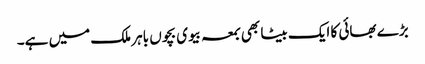
بڑے بھائی کا ایک بیٹا بھی بمعہ بیوی بچوں باہر ملک میں ہے۔